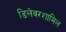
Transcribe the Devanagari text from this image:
डिलेवरशामिल